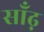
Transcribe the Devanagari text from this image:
साँढ़़